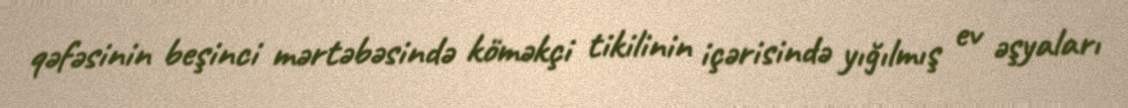
qəfəsinin beşinci mərtəbəsində köməkçi tikilinin içərisində yığılmış ev əşyaları